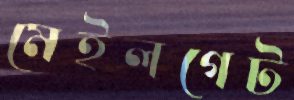
মেইলগেট